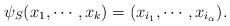
\begin{align*}\psi_{S}(x_1,\cdots,x_k)=(x_{i_1},\cdots,x_{i_{\alpha}}).\end{align*}